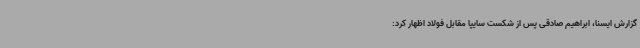
گزارش ایسنا، ابراهیم صادقی پس از شکست سایپا مقابل فولاد اظهار کرد: